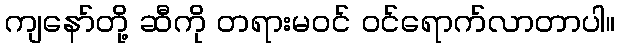
ကျနော်တို့ ဆီကို တရားမဝင် ဝင်ရောက်လာတာပါ။